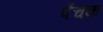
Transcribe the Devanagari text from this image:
पँचक